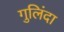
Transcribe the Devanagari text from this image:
गुलिंदा